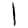
Digit: 1